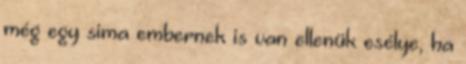
még egy sima embernek is van ellenük esélye, ha